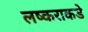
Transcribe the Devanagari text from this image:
लष्कराकडे